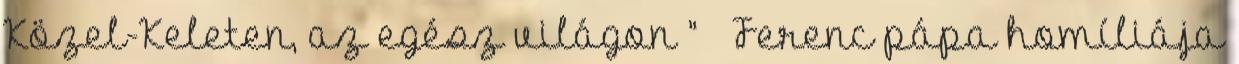
Közel-Keleten, az egész világon ” – Ferenc pápa homíliája